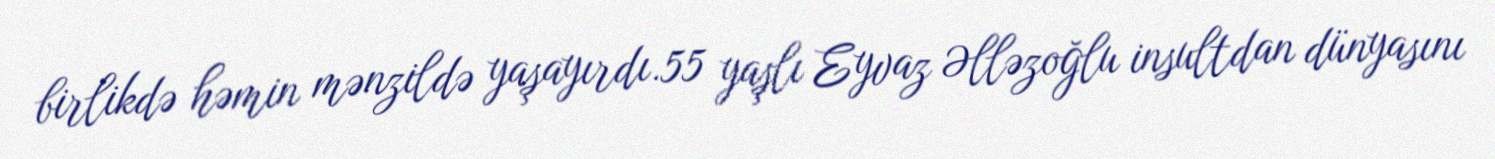
birlikdə həmin mənzildə yaşayırdı.55 yaşlı Eyvaz Əlləzoğlu insultdan dünyasını